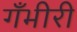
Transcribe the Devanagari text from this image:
गँभीरी